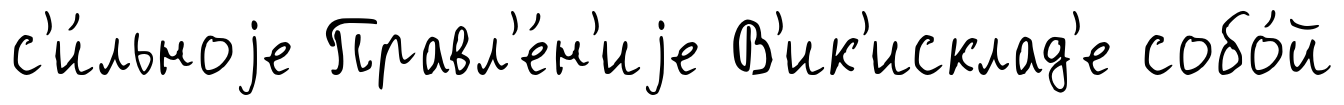
с'и́льноjе Правл'е́н'иjе В'ик'исклад'е собо́й